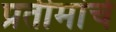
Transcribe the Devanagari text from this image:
प्रतीमांचे